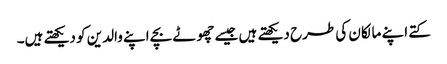
کتے اپنے مالکان کی طرح دیکھتے ہیں جیسے چھوٹے بچے اپنے والدین کو دیکھتے ہیں۔